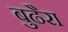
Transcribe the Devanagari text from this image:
बुढैरा